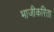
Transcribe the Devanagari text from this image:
भाजीकरिता